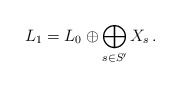
\begin{align*}L_1=L_0\oplus \bigoplus_{s\in S'} X_s\,.\end{align*}